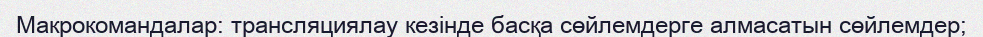
Макрокомандалар: трансляциялау кезінде басқа сөйлемдерге алмасатын сөйлемдер;